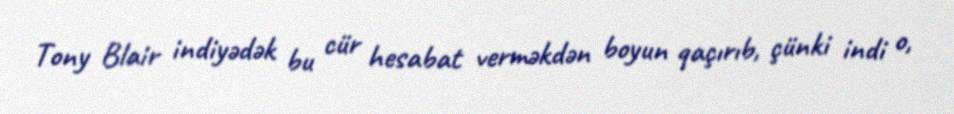
Tony Blair indiyədək bu cür hesabat verməkdən boyun qaçırıb, çünki indi o,